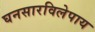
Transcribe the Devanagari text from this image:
घनसारविलेपाय